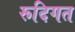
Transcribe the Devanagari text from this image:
रूदिगत